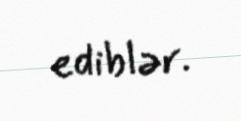
ediblər.